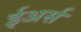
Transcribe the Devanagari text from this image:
ईअर्स